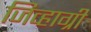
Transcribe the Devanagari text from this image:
जिव्हाग्री